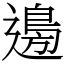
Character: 𮞽